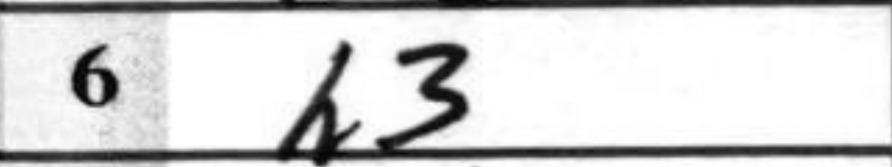
Transcription: h3